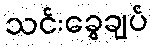
သင်းခွေချပ်